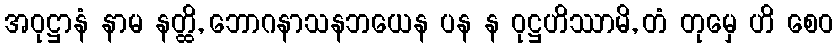
အဝုဋ္ဌာနံ နာမ နတ္ထိ, ဘောဂနာသနဘယေန ပန န ဝုဋ္ဌဟိဿာမိ, တံ တုမှေ ဟိ စေဝ